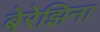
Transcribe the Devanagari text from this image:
बेरेझिना